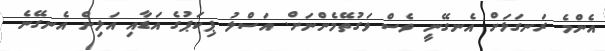
އެންމެ ރަނގަޅަށް އެނގޭނިީ ވެސް ވަގުތޭމެންނަށް. އަސްލު ޕިކަޕުގެ އަޑާއި އަލިން އެނގޭނެ